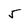
Character: 5